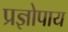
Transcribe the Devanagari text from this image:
प्रज्ञोपाय